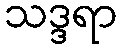
သဒ္ဒရာ